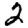
Digit: 2